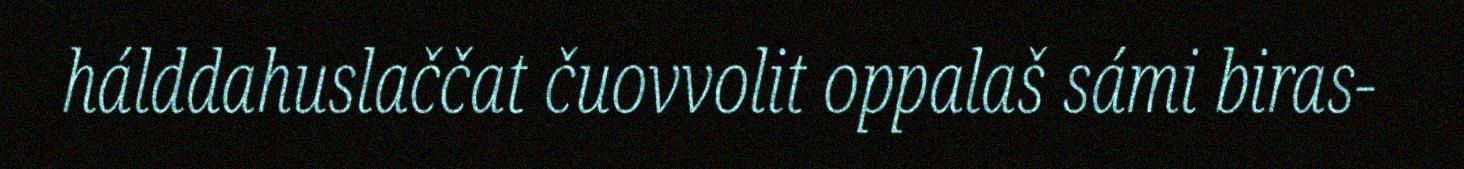
hálddahuslaččat čuovvolit oppalaš sámi biras-